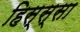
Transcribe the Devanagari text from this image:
हिस्स्सा